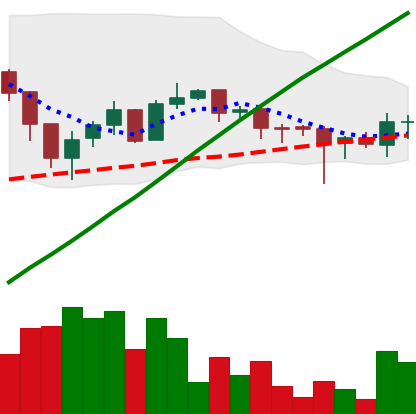
Ticker: LTC-USD
Chart end date: 2017-08-01
Forward return: 4.802%
Label: up_3_5